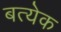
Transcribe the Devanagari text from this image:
बत्येक